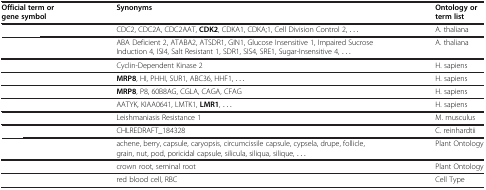
<table><thead><tr><td><b>Official term or gene symbol</b></td><td><b>Synonyms</b></td><td><b>Ontology or term list</b></td></tr></thead><tbody><tr><td>[EMPTY_CELL]</td><td>CDC2, CDC2A, CDC2AAT, <b>CDK2</b>, CDKA1, CDKA;1, Cell Division Control 2, ...</td><td>A. thaliana</td></tr><tr><td>[EMPTY_CELL]</td><td>ABA Deficient 2, ATABA2, ATSDR1, GIN1, Glucose Insensitive 1, Impaired Sucrose Induction 4, ISI4, Salt Resistant 1, SDR1, SIS4, SRE1, Sugar-Insensitive 4, ...</td><td>A. thaliana</td></tr><tr><td>[EMPTY_CELL]</td><td>Cyclin-Dependent Kinase 2</td><td>H. sapiens</td></tr><tr><td>[EMPTY_CELL]</td><td><b>MRP8</b>, HI, PHHI, SUR1, ABC36, HHF1, ...</td><td>H. sapiens</td></tr><tr><td>[EMPTY_CELL]</td><td><b>MRP8</b>, P8, 60B8AG, CGLA, CAGA, CFAG</td><td>H. sapiens</td></tr><tr><td>[EMPTY_CELL]</td><td>AATYK, KIAA0641, LMTK1, <b>LMR1</b>, ...</td><td>H. sapiens</td></tr><tr><td>[EMPTY_CELL]</td><td>Leishmaniasis Resistance 1</td><td>M. musculus</td></tr><tr><td>[EMPTY_CELL]</td><td>CHLREDRAFT_184328</td><td>C. reinhardtii</td></tr><tr><td>[EMPTY_CELL]</td><td>achene, berry, capsule, caryopsis, circumcissile capsule, cypsela, drupe, follicle, grain, nut, pod, poricidal capsule, silicula, siliqua, silique, ...</td><td>Plant Ontology</td></tr><tr><td>[EMPTY_CELL]</td><td>crown root, seminal root</td><td>Plant Ontology</td></tr><tr><td>[EMPTY_CELL]</td><td>red blood cell, RBC</td><td>Cell Type</td></tr></tbody></table>